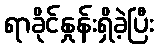
ရာခိုင်နှုန်းရှိခဲ့ပြီး